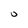
Character: 0